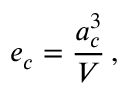
e _ { c } = \frac { a _ { c } ^ { 3 } } { V } \, ,